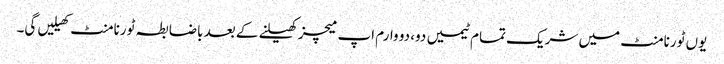
یوں ٹورنامنٹ میں شریک تمام ٹیمیں دو، دو وارم اپ میچز کھیلنے کے بعد باضابطہ ٹورنامنٹ کھیلیں گی۔